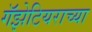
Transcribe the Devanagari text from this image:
गॅझेटियराच्या